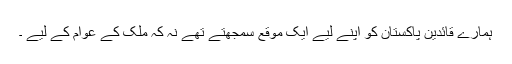
ہمارے قائدین پاکستان کو اپنے لیے ایک موقع سمجھتے تھے نہ کہ ملک کے عوام کے لیے ۔